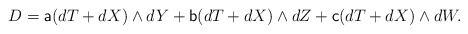
\begin{align*} D=\textsf{a}(dT+dX)\wedge dY+\textsf{b}(dT+dX)\wedge dZ+\textsf{c}(dT+dX)\wedge dW.\end{align*}